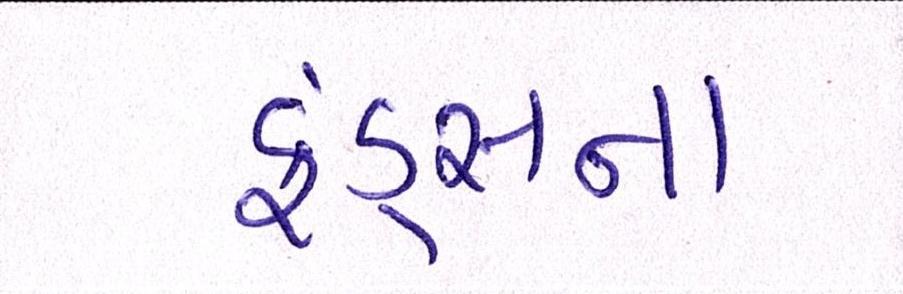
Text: ફંડ્સના